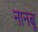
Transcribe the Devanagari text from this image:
नानबू